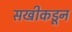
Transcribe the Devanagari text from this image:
सखीकडून